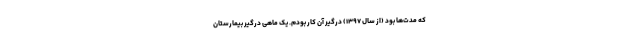
که مدت‌ها بود (از سال ۱۳۹۷) درگیر آن کار بودم. یک ماهی درگیر بیمارستان